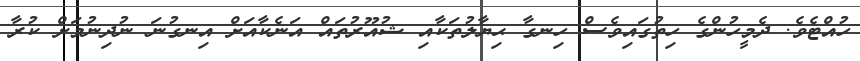
ހުއްޓެވެ. ދެމީހުންގެ ހިތުގައިވެސް ހިނގާ ޙިޔާލުތަކާއި ޝުއޫރުތައް އަނެކާއަށް އިނގުނަ ނުދިނުމަށް ކުރާ